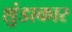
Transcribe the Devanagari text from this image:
शुंडाकार